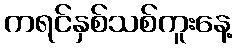
ကရင်နှစ်သစ်ကူးနေ့